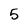
Character: 5